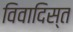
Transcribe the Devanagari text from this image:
विवादिस्त